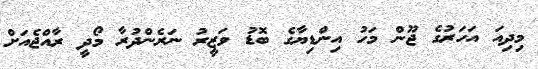
މިދިއަ އަހަރުގެ ޖޫން މަހު އިންޑިޔާގެ ބޮޑު ވަޒީރު ނަރެންދުރާ މޯދީ ރާއްޖެއަށް